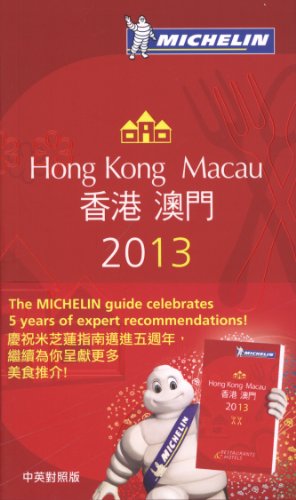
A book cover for MICHELIN Guide Hong Kong & Macau 2013 (Michelin Guide/Michelin); Michelin; Travel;